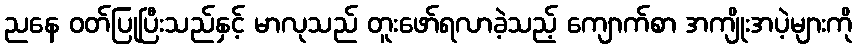
ညနေ ဝတ်ပြုပြီးသည်နှင့် မာလုသည် တူးဖော်ရလာခဲ့သည့် ကျောက်စာ အကျိုးအပဲ့များကို